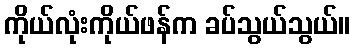
ကိုယ်လုံးကိုယ်ဖန်က ခပ်သွယ်သွယ်။